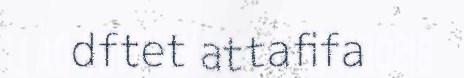
dftet attafifa